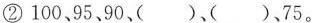
②100、95、90、( )、( )、75。